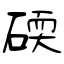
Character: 碝